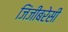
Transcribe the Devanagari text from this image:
जिंजीबरेसी